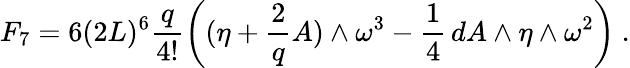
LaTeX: F_{7}=6(2L)^{6}\frac{q}{4!}\left((\eta+\frac{2}{q}A)\wedge\omega^{3}-\frac{1}{4}\, dA\wedge\eta\wedge\omega^{2}\right)\ .